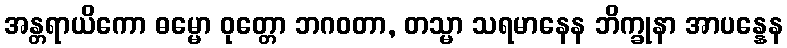
အန္တရာယိကော ဓမ္မော ဝုတ္တော ဘဂဝတာ, တသ္မာ သရမာနေန ဘိက္ခုနာ အာပန္နေန